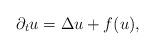
LaTeX: \begin{align*}\partial _t u=\Delta u +f(u),\end{align*}